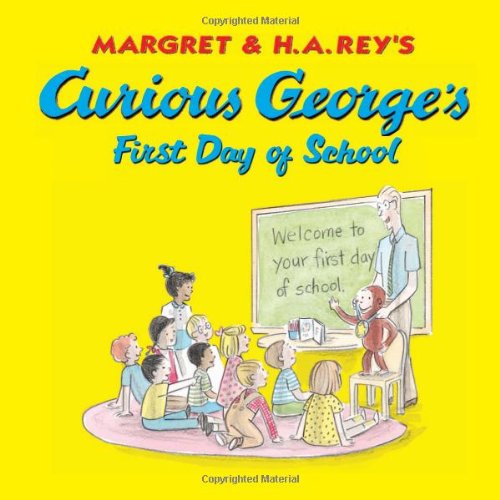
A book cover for Curious George's First Day of School; H. A. Rey; Children's Books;